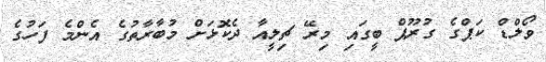
ވޯލްޑް ކަޕްގެ ގުރޫޕް ބީގައި މިރޭ ޗިލީއާ ދެކޮޅަށް މުބާރާތުގެ އެންމެ ފަހުގެ